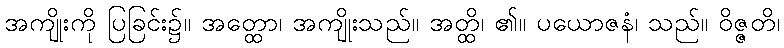
အကျိုးကို ပြခြင်း၌။ အတ္ထော၊ အကျိုးသည်။ အတ္ထိ၊ ၏။ ပယောဇနံ၊ သည်။ ဝိဇ္ဇတိ၊